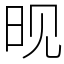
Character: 𬀪